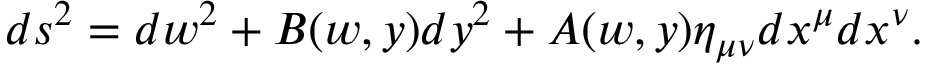
d s ^ { 2 } = d w ^ { 2 } + B ( w , y ) d y ^ { 2 } + A ( w , y ) \eta _ { \mu \nu } d x ^ { \mu } d x ^ { \nu } .